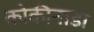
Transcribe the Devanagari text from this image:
कोकीनाडा